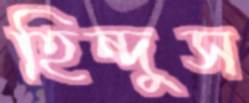
হিন্দুস